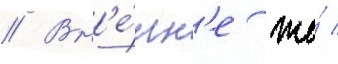
// Вн'е́шн'е же́ /